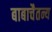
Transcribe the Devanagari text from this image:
बाबाचैतन्य